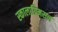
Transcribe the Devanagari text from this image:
स्कालाग्रिमसन